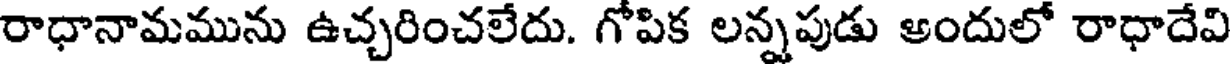
రాధానామమును ఉచ్చరించలేదు. గోపిక లన్నపుడు అందులో రాధాదేవి